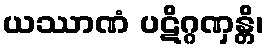
ယဿာဏံ ပဋိဂ္ဂဏှန္တိ၊